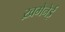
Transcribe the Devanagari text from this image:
ख़मेनेई